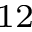
^ { 1 2 }